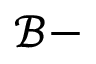
\mathcal { B } -